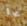
بها